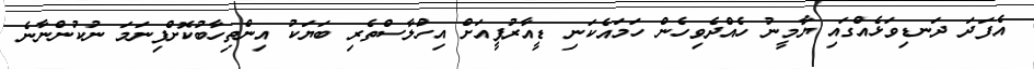
އެފަދަ ދަނޑިވަޅެއްގައި ޔާމީނު ހެއްދެވިހެން ހަމައެކަނި ޑީއާރުޕީއަށް އިހްލާސްތެރި ބަޔަކު އިންތިހާބުކޮށްފިނަމަ ނުކުންނާނެ